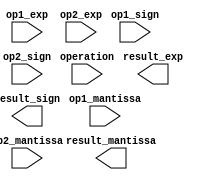
module floating_point_unit (
    input wire [31:0] op1_mantissa,
    input wire op1_exp,
    input wire op1_sign,
    input wire [31:0] op2_mantissa,
    input wire op2_exp,
    input wire op2_sign,
    input wire operation, // 0: addition, 1: subtraction, 2: multiplication, 3: division
    output wire [31:0] result_mantissa,
    output wire result_exp,
    output wire result_sign
);

// Define internal arithmetic components and logic here

always @(*)
begin
    case(operation)
        0: // Addition
            begin
                // Perform addition logic here
            end
        1: // Subtraction
            begin
                // Perform subtraction logic here
            end
        2: // Multiplication
            begin
                // Perform multiplication logic here
            end
        3: // Division
            begin
                // Perform division logic here
            end
    endcase
end

endmodule